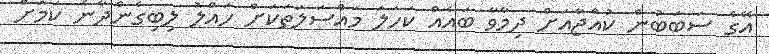
އޭގެ ސަބަބުން ކުއްޖާއަށް ދިމާވާ ބައެއް ކަހަލަ މައްސަލަތަކަށް ހައްލު ލިބިގެންދާނެ ކަަމަށް